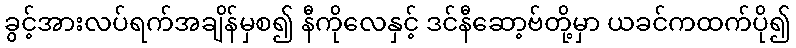
ခွင့်အားလပ်ရက်အချိန်မှစ၍ နီကိုလေနှင့် ဒင်နီဆော့ဗ်တို့မှာ ယခင်ကထက်ပို၍